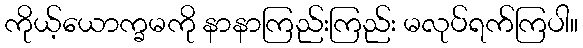
ကိုယ့်ယောက္ခမကို နာနာကြည်းကြည်း မလုပ်ရက်ကြပါ။